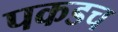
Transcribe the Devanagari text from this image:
पकडच